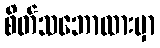
စိတ်သဘောထားမှာ